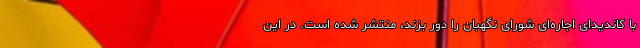
با کاندیدای اجاره‌ای شورای نگهبان را دور بزند، منتشر شده است. در این